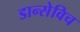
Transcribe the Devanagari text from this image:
डान्सेविच